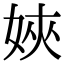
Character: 㛍